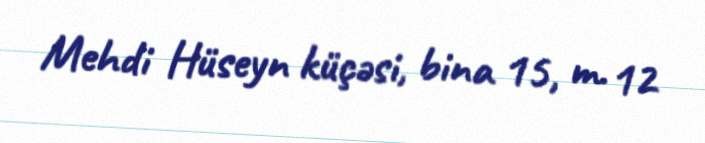
Mehdi Hüseyn küçəsi, bina 15, m. 12